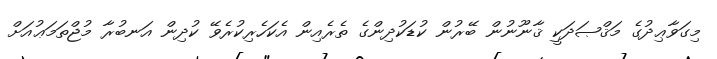
މިގަވާޢިދުގެ މަޤްޞަދަކީ ޤާނޫނުން ބޭރުން ކުޑަކުދިންގެ ތެރެއިން އެކަހެރިކުރެވޭ ކުދިން އަނބުރާ މުޖްތަމަޢުއަށް